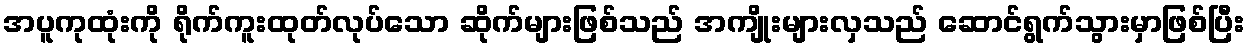
အပူကုထုံးကို ရိုက်ကူးထုတ်လုပ်သော ဆိုက်များဖြစ်သည် အကျိုးများလှသည် ဆောင်ရွက်သွားမှာဖြစ်ပြီး